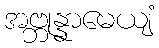
အဗ္ဘုန္နာမေယျံ